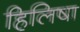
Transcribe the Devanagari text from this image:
हिलिषा